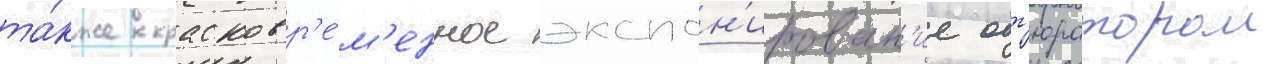
та́кже кратковр'е́м'енное экспон'ирован'ие обт'юратором